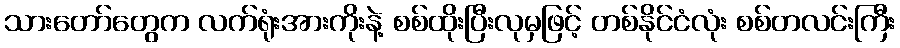
သားတော်တွေက လက်ရုံးအားကိုးနဲ့ စစ်ထိုးပြီးလုမှဖြင့် တစ်နိုင်ငံလုံး စစ်တလင်းကြီး